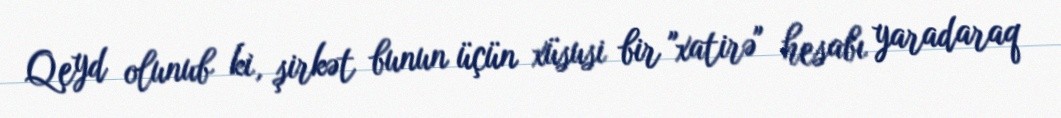
Qeyd olunub ki, şirkət bunun üçün xüsusi bir "xatirə" hesabı yaradaraq